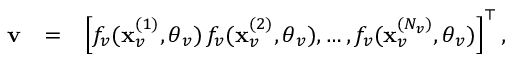
\begin{array} { r l r } { { \bf v } } & { = } & { \left[ f _ { v } ( \mathbf { x } _ { v } ^ { ( 1 ) } , \boldsymbol { \theta } _ { v } ) \, f _ { v } ( \mathbf { x } _ { v } ^ { ( 2 ) } , \boldsymbol { \theta } _ { v } ) , \dots , f _ { v } ( \mathbf { x } _ { v } ^ { ( { N _ { v } } ) } , \boldsymbol { \theta } _ { v } ) \right] ^ { \top } , } \end{array}